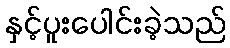
နှင့်ပူးပေါင်းခဲ့သည်